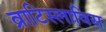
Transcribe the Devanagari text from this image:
व्राटिस्लाविस